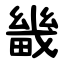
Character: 畿